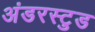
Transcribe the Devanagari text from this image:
अंडरस्टुड